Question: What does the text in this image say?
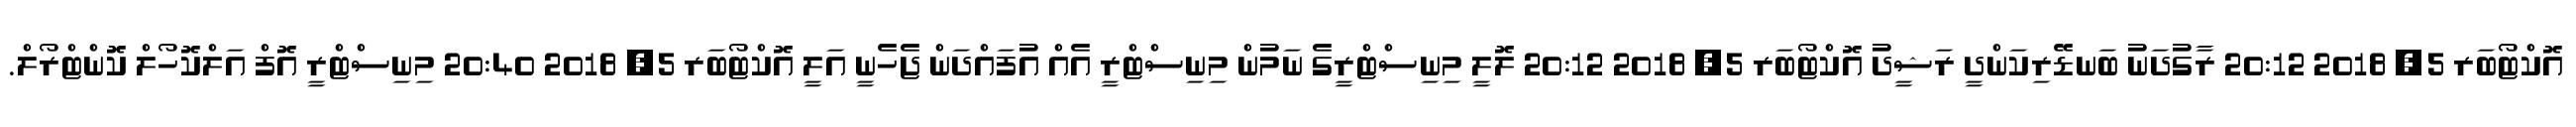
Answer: އޮކްޓޯބަރ 5, 2018 20:12 ރާގުދަނު ބަނޑޭރިކަންދީ ރަޝީދު އޮކްޓޯބަރ 5, 2018 20:12 ލޮލީ މިނިސްޓްރީގެ ނަމުން މިނިސްޓްރީ އެއް އުފައްދަން ޖެހެނީ އަލީ އޮކްޓޯބަރ 5, 2018 20:40 މިނިސްޓްރީ އޮފް އަލްކޮހޯލް ކޮންޓްރޯލް.